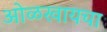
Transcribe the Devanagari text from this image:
ओळखायचा